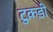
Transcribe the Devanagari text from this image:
टुक़डी